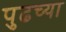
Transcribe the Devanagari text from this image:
पुढच्‍या